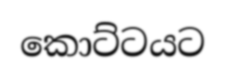
කොට්ටයට